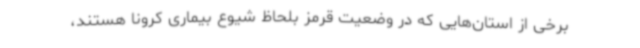
برخی از استان‌هایی که در وضعیت قرمز بلحاظ شیوع بیماری کرونا هستند،